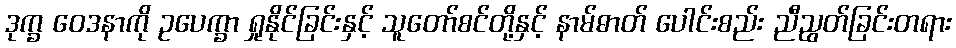
ဒုက္ခ ဝေဒနာကို ဥပေက္ခာ ရှုနိုင်ခြင်းနှင့် သူတော်စင်တို့နှင့် နာမ်ဓာတ် ပေါင်းစည်း ညီညွတ်ခြင်းတရား